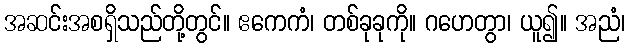
အဆင်းအစရှိသည်တို့တွင်။ ဧကေကံ၊ တစ်ခုခုကို။ ဂဟေတွာ၊ ယူ၍။ အညံ၊